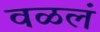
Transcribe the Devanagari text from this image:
वळलं